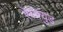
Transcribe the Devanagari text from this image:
रेस्क्युड